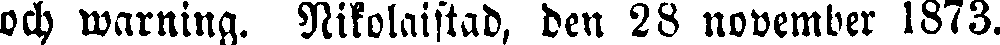
och warning. Nikolaistad, den 28 november 1873.